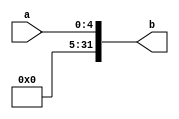
///////////////////////////////////////////////////////////////////////////////
// Type: Module
// Project: MIPS Pipeline CPU 54 Instructions
// Description: Extend 5 bits input to 32 bits
//
///////////////////////////////////////////////////////////////////////////////
`timescale 1ns / 1ps

module extend_5_32 (
    input [4:0] a,
    output [31:0] b
    );

    assign b = {27'b0, a};
    
endmodule